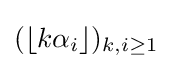
(\lfloor k\alpha _{i}\rfloor )_{k,i\geq 1}